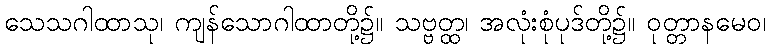
သေသဂါထာသု၊ ကျန်သောဂါထာတို့၌။ သဗ္ဗတ္ထ၊ အလုံးစုံပုဒ်တို့၌။ ဝုတ္တာနမေဝ၊